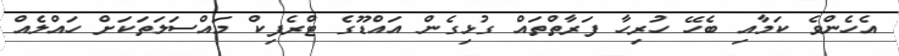
އެހެންވެ ކަމާއި ބެހޭ ހުރިހާ ފަރާތްތައް ގުޅިގެން އައްޑޫގެ ޓްރެފިކް މައްސަލަތަކަށް ހައްލެއް